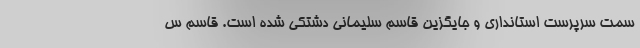
سمت سرپرست استانداری و جایگزین قاسم سلیمانی دشتکی شده است. قاسم س